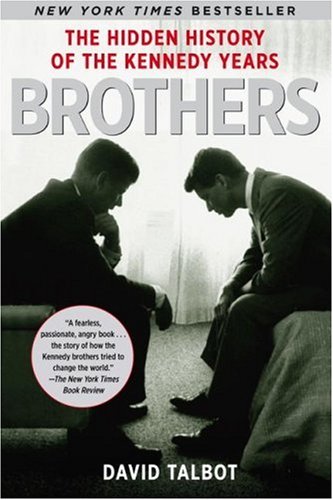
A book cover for Brothers: The Hidden History of the Kennedy Years; David Talbot; Biographies & Memoirs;